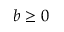
b \geq 0